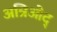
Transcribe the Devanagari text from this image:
अन्रिओद्